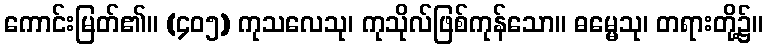
ကောင်းမြတ်၏။ (၄၀၅) ကုသလေသု၊ ကုသိုလ်ဖြစ်ကုန်သော။ ဓမ္မေသု၊ တရားတို့၌။